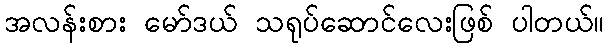
အလန်းစား မော်ဒယ် သရုပ်ဆောင်လေးဖြစ် ပါတယ်။